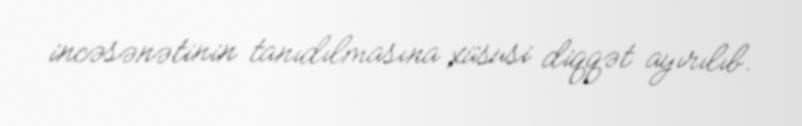
incəsənətinin tanıdılmasına xüsusi diqqət ayırılıb.